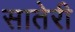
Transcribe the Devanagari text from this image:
सातेरी